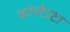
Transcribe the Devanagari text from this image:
कोलैउटा